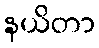
နယိတာ